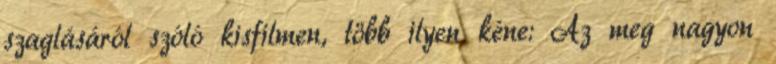
szaglásáról szóló kisfilmen, több ilyen kéne: Az meg nagyon